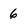
Character: 6